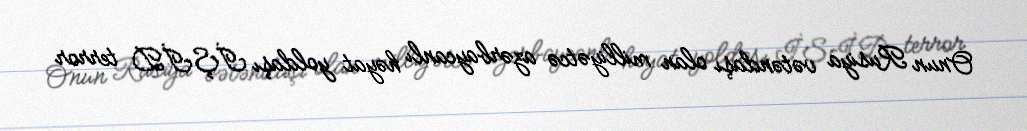
Onun Rusiya vətəndaşı olan milliyətcə azərbaycanlı həyat yoldaşı İŞİD terror